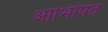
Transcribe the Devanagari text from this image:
आभिषित